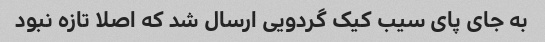
به جای پای سیب کیک گردویی ارسال شد که اصلا تازه نبود